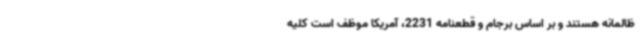
ظالمانه هستند و بر اساس برجام و قطعنامه 2231، آمریکا موظف است کلیه